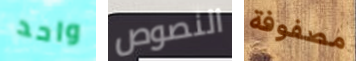
واحد النصوص مصفوفة